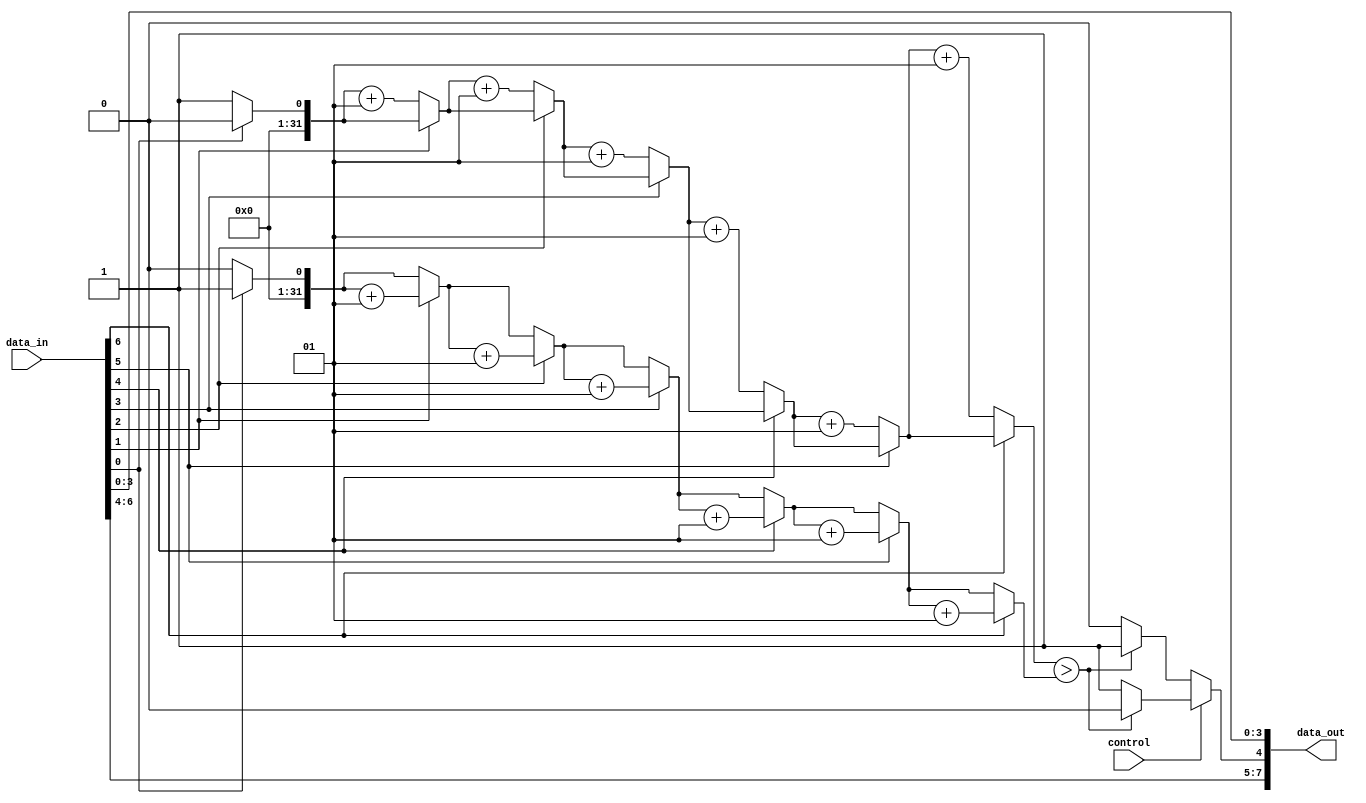
module stavka_a (data_in, control, data_out);
    
    input [6:0] data_in;
    input control;
    output reg [7:0] data_out;

    integer zero_counter;
    integer one_counter;
    integer i;

    reg additional_bit;

    always @(*) begin
        zero_counter = 0;
        one_counter  = 0;
        additional_bit = 1'b0;

        for (i = 0; i < 7; i = i + 1) begin
            if(data_in[i] == 7'h00)
                zero_counter = zero_counter + 1;
            else 
                one_counter = one_counter + 1;
        end

        if(control == 1'b0) begin
            if(zero_counter > one_counter)
                additional_bit = 1'b1;
            else
                additional_bit = 1'b0;            
        end
        else begin
            if(zero_counter > one_counter)
                additional_bit = 1'b0;
            else
                additional_bit = 1'b1;                        
        end

        data_out = {data_in[6:4], additional_bit, data_in[3:0]};

    end

endmodule